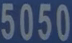
5050